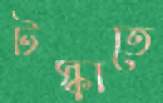
টস্‌কাতে